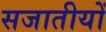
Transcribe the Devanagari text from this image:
सजातीयों